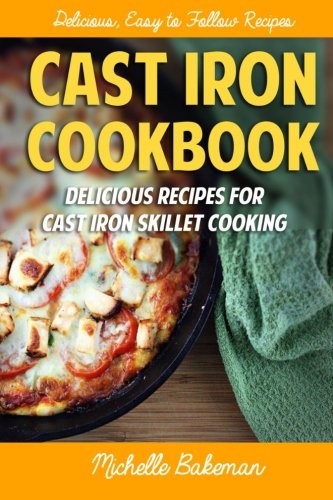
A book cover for Cast Iron Cookbook: Delicious Recipes for Cast Iron Skillet Cooking; Michelle Bakeman; Cookbooks, Food & Wine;